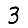
Digit: 3